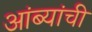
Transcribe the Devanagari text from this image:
आंब्यांची